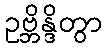
ဥဗ္ဘိန္ဒိတွာ